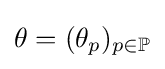
\theta =(\theta _{p})_{p\in \mathbb {P} }